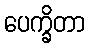
ပေက္ခိတာ